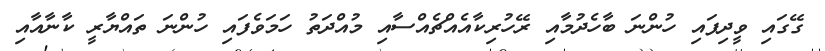
ގޭގައި ވީދިފައި ހުންނަ ބާހެދުމާއި ރޭހުރިކާއެއްޗެއްސާއި މުއްދަތު ހަމަވެފައި ހުންނަ ތައްޔާރީ ކާނާއާއި